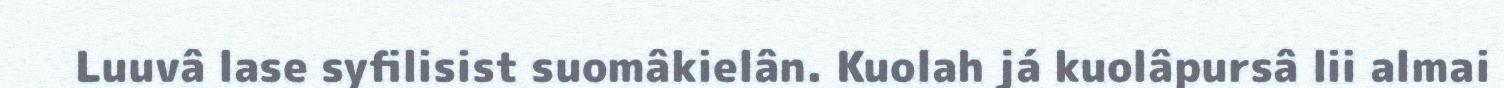
Luuvâ lase syfilisist suomâkielân. Kuolah já kuolâpursâ lii almai